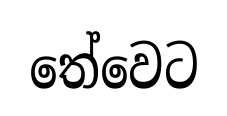
තේවෙට